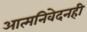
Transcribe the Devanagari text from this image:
आत्मनिवेदनही